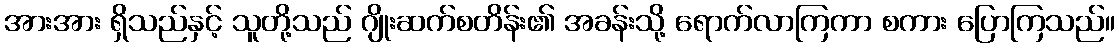
အားအား ရှိသည်နှင့် သူတို့သည် ဂျိုးဆက်စတိန်း၏ အခန်းသို့ ရောက်လာကြကာ စကား ပြောကြသည်။